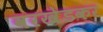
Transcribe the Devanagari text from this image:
वरखेडकर